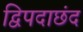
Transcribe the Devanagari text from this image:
द्विपदाछंद